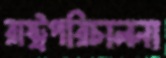
রাষ্ট্রপরিচালনা